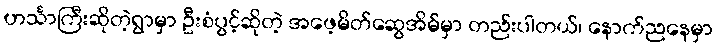
ဟင်္သာကြီးဆိုတဲ့ရွာမှာ ဦးစံပွင့်ဆိုတဲ့ အဖေ့မိတ်ဆွေအိမ်မှာ တည်းပါတယ်၊ နောက်ညနေမှာ